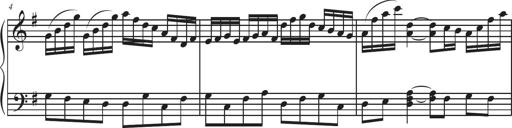
Title: Sonatina Espania
Composer: Jerald Franklin Archer
Key: Various